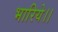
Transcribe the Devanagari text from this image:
भारिये।।